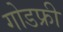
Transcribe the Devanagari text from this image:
गोडफ्री